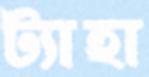
ট্যাহা